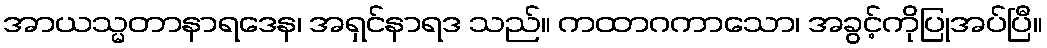
အာယသ္မတာနာရဒေန၊ အရှင်နာရဒ သည်။ ကထာဂကာသော၊ အခွင့်ကိုပြုအပ်ပြီ။